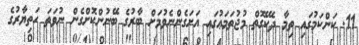
11. ކަންކަމުގައި ތިމާ ދެކޭގޮތް މުޖުތަމަޢުގައި އަށަގެންނެވުމަށް ބާރުގެ ބޭނުންކޮށްގެން ނުވަތަ ހަތިޔާރުގެ